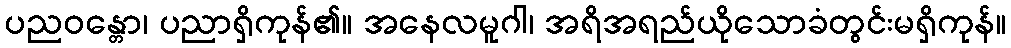
ပညဝန္တော၊ ပညာရှိကုန်၏။ အနေလမူဂါ၊ အရိအရည်ယိုသောခံတွင်းမရှိကုန်။